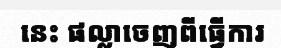
នេះ ផល្លាចេញពីធ្វើការ